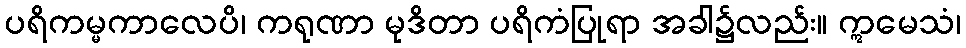
ပရိကမ္မကာလေပိ၊ ကရုဏာ မုဒိတာ ပရိကံပြုရာ အခါ၌လည်း။ ဣမေသံ၊